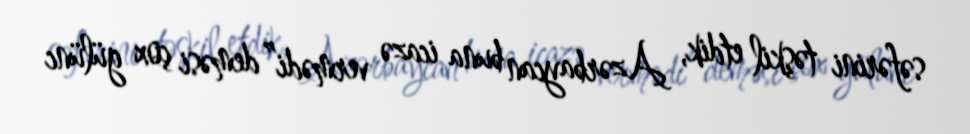
səfərini təşkil etdik, Azərbaycan buna icazə vermədi” deməsi çox gülünc